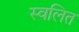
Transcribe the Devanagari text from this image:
स्वलित